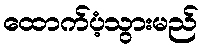
ထောက်ပံ့သွားမည်